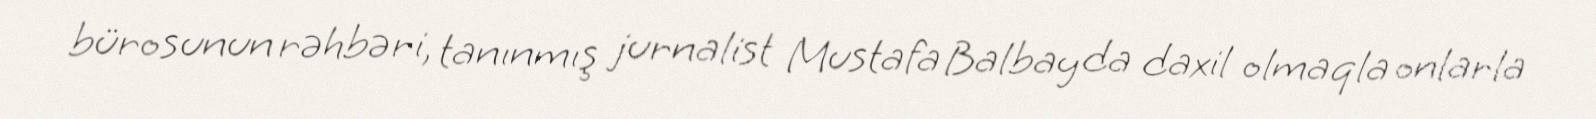
bürosunun rəhbəri, tanınmış jurnalist Mustafa Balbay da daxil olmaqla onlarla